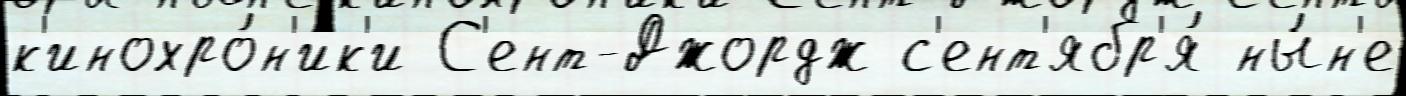
к'инохро́н'ик'и С'ент-Джордж с'ент'ябр'я́ ны́н'е